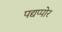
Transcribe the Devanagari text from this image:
पद्यप्पोर